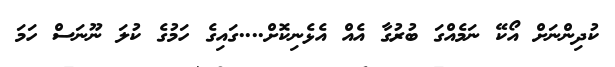
ކުދިންނަށް އޯކޭ ނަމެއްގަ ބުރުގާ އެއް އެޅެނިކޮށް....ގައިގެ ހަމުގެ ކުލަ ނޫނަސް ހަމަ